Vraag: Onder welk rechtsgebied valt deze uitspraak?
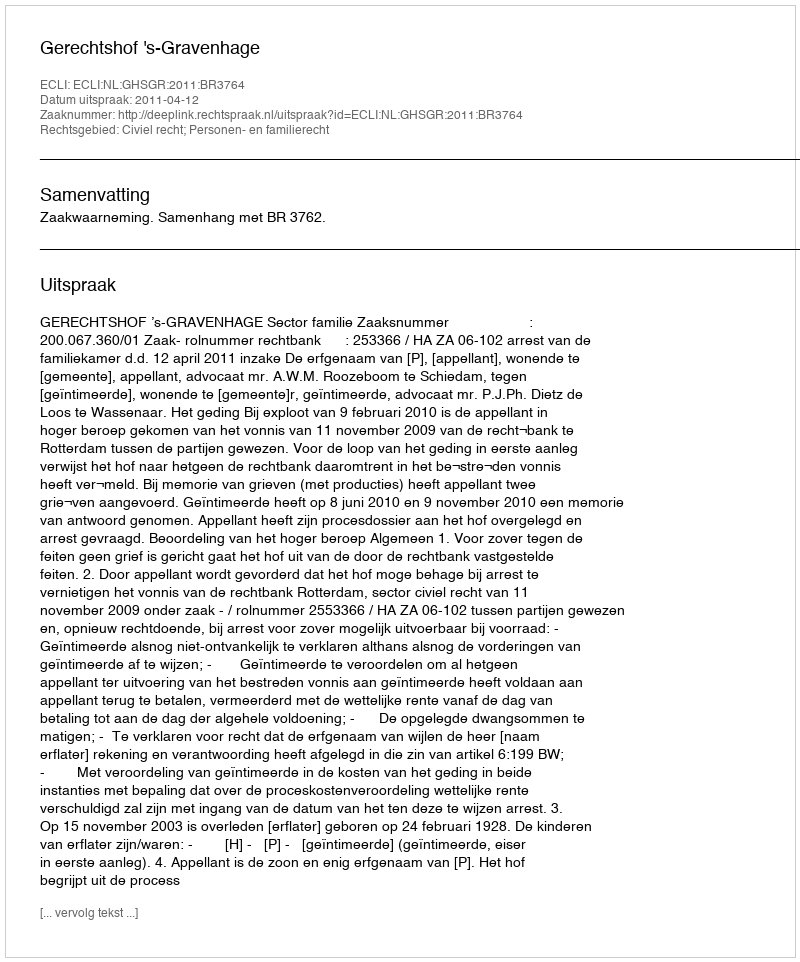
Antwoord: Civiel recht; Personen- en familierecht